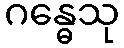
ဂန္ဓေသု